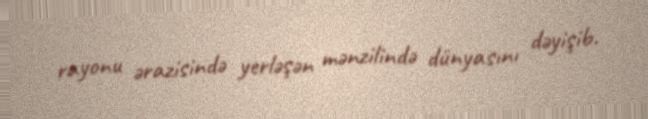
rayonu ərazisində yerləşən mənzilində dünyasını dəyişib.